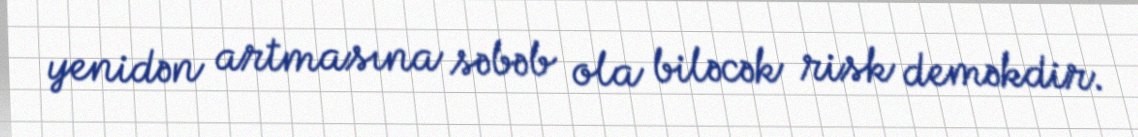
yenidən artmasına səbəb ola biləcək risk deməkdir.